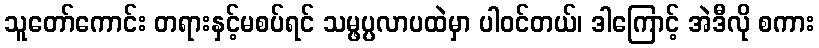
သူတော်ကောင်း တရားနှင့်မစပ်ရင် သမ္ဖပ္ပလာပထဲမှာ ပါဝင်တယ်၊ ဒါကြောင့် အဲဒီလို စကား